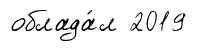
облада́л 2019